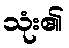
သုံး၏